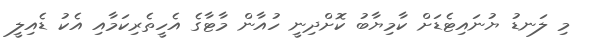
މި ލަނޑު ޔުނައިޓެޑަށް ކާމިޔާބު ކޮށްދިނީ ހުއާން މާޓާގެ އެހީތެރިކަމާއި އެކު ޑެއިލީ